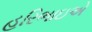
હરિભાઇએ